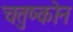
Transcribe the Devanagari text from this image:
चतुष्कोन